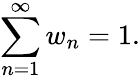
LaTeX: \sum_{n=1}^{\infty}w_{n}=1.